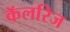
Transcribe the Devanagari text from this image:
कॅलरिज